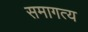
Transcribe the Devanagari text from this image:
समागत्य